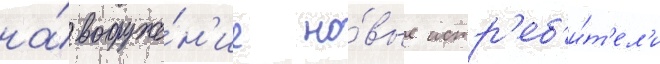
на́ вооруже́н'ие но́вые истр'еб'и́т'ел'и